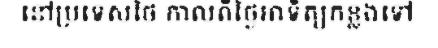
នៅប្រទេសថៃ កាលពីថ្ងៃអាទិត្យកន្លងទៅ